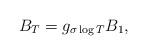
LaTeX: \begin{align*} B_T = g_{\sigma \log T} B_1, \end{align*}